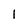
Character: 1